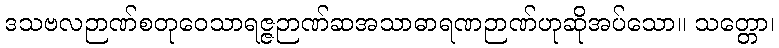
ဒသဗလဉာဏ်စတုဝေသာရဇ္ဇဉာဏ်ဆအသာဓာရဏဉာဏ်ဟုဆိုအပ်သော။ သတ္တော၊